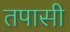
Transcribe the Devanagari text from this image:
तपासी